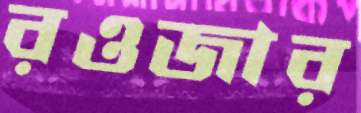
রওজার